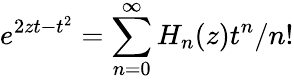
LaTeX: e^{2zt-t^{2}}=\sum_{n=0}^{\infty}H_{n}(z)t^{n}/n!